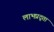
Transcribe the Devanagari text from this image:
लाभप्रद्ता